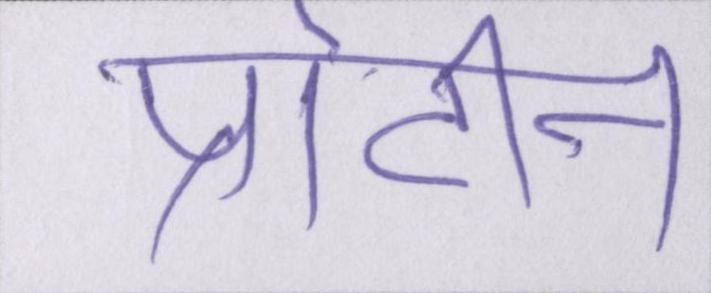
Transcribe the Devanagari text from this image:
प्रोटीन